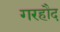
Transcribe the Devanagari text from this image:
गरहौद